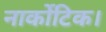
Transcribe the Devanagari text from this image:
नार्कोटिक।